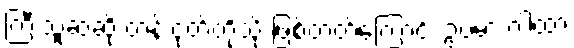
ကြီးသူဆဲဆို ထန်းငုတ်တိုသို့ ဖြစ်တတ်ကြောင်း ဥပမာ ဂါထာ